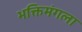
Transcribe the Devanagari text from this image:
भक्तिमंगला